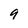
Character: 9